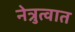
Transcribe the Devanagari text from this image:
नेत्रुत्वात